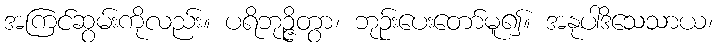
အကြင်ဆွမ်းကိုလည်း။ ပရိဘုဉ္ဇိတွာ၊ ဘုဉ်းပေးတော်မူ၍။ အနုပါဒိသေသာယ၊